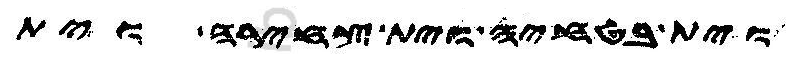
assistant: וית בטחיה וית צחירה וית